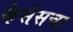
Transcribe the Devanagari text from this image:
केसेसचा